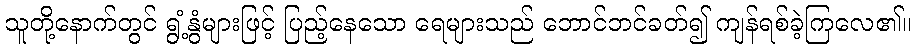
သူတို့နောက်တွင် ရွံ့နွံများဖြင့် ပြည့်နေသော ရေများသည် ဘောင်ဘင်ခတ်၍ ကျန်ရစ်ခဲ့ကြလေ၏။